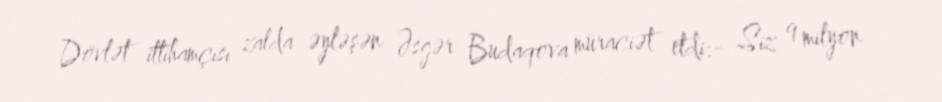
Dövlət ittihamçısı zalda əyləşən Əsgər Budaqova müraciət etdi:- Siz 9 milyon